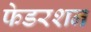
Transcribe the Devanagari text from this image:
फेडरशन